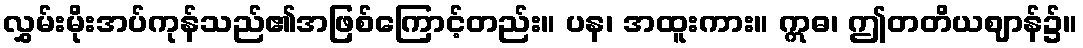
လွှမ်းမိုးအပ်ကုန်သည်၏အဖြစ်ကြောင့်တည်း။ ပန၊ အထူးကား။ ဣဓ၊ ဤတတိယဈာန်၌။